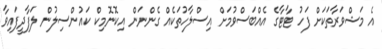
އެ މަޝްވަރާތަކަށް ފަހު ޓާޓާގެ އެއްބަސްވުމަށް އިސްލާހުތަކެއް ގެންނަން އިކޮނޮމިކް ކައުންސިލުން ލަފާދީފައިވާ